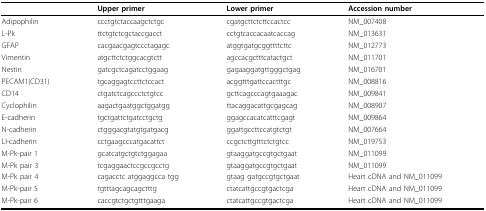
|  | Upper primer | Lower primer | Accession number |
 | --- | --- | --- | --- |
 | Adipophilin | ccctgtctaccaagctctgc | cgatgcttctcttccactcc | NM_007408 |
 | L-Pk | ttctgtctcgctaccgacct | cctgtcaccacaatcaccag | NM_013631 |
 | GFAP | cacgaacgagtccctagagc | atggtgatgcggttttcttc | NM_012773 |
 | Vimentin | atgcttctctggcacgtctt | agccacgctttcatactgct | NM_011701 |
 | Nestin | gatcgctcagatcctggaag | gagaaggatgttgggctgag | NM_016701 |
 | PECAM1(CD31) | tgcaggagtccttctccact | acggtttgattccactttgc | NM_008816 |
 | CD14 | ctgatctcagccctctgtcc | gcttcagcccagtgaaagac | NM_009841 |
 | Cyclophilin | aagactgaatggctggatgg | ttacaggacattgcgagcag | NM_008907 |
 | E-cadherin | tgctgattctgatcctgctg | ggagccacatcatttcgagt | NM_009864 |
 | N-cadherin | ctgggacgtatgtgatgacg | ggattgccttccatgtctgt | NM_007664 |
 | LI-cadherin | cctgaagcccatgacattct | ccgctcttgtttctctgtcc | NM_019753 |
 | M-Pk-pair 1 | gcatcatgctgtctggagaa | gtaaggatgccgtgctgaat | NM_011099 |
 | M-Pk pair 3 | tcgaggaactccgccgcctg | gtaaggatgccgtgctgaat | NM_011099 |
 | M-Pk pair 4 | cagacctc atggaggcca tgg | gtaag gatgccgtgctgaat | Heart cDNA and NM_011099 |
 | M-Pk-pair 5 | tgtttagcagcagctttg | ctatcattgccgtgactcga | Heart cDNA and NM_011099 |
 | M-Pk-pair 6 | caccgtctgctgtttgaaga | ctatcattgccgtgactcga | Heart cDNA and NM_011099 |